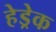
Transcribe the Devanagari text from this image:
हेड्रेक